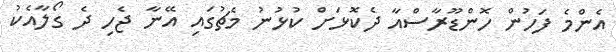
އެންމެ ފަހުން ހޮންޑޫރާސްއާ ދެކޮޅަށް ކުޅުނު މެޗުގައި އޭނާ ޖެހި ދެ ގޯލާއެކު